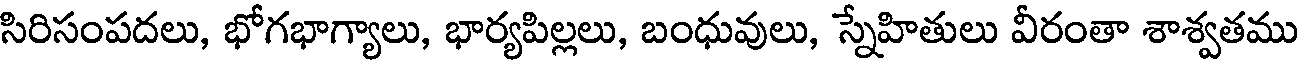
సిరిసంపదలు, భోగభాగ్యాలు, భార్యపిల్లలు, బంధువులు, స్నేహితులు వీరంతా శాశ్వతము